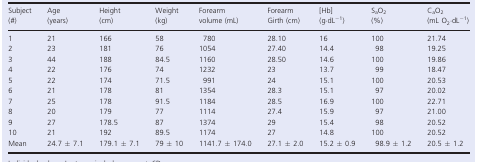
<table><thead><tr><td><b>Subject (#)</b></td><td><b>Age (years)</b></td><td><b>Height (cm)</b></td><td><b>Weight (kg)</b></td><td><b>Forearm volume (mL)</b></td><td><b>Forearm Girth (cm)</b></td><td><b>[Hb] (g·dL<sup>−1</sup>)</b></td><td><b>S<sub>a</sub>O<sub>2</sub> (%)</b></td><td><b>C<sub>a</sub>O<sub>2</sub> (mL O<sub>2</sub>·dL<sup>−1</sup>)</b></td></tr></thead><tbody><tr><td>1</td><td>21</td><td>166</td><td>58</td><td>780</td><td>28.10</td><td>16</td><td>100</td><td>21.74</td></tr><tr><td>2</td><td>23</td><td>181</td><td>76</td><td>1054</td><td>27.40</td><td>14.4</td><td>98</td><td>19.25</td></tr><tr><td>3</td><td>44</td><td>188</td><td>84.5</td><td>1160</td><td>28.50</td><td>14.6</td><td>100</td><td>19.86</td></tr><tr><td>4</td><td>22</td><td>176</td><td>74</td><td>1232</td><td>23</td><td>13.7</td><td>99</td><td>18.47</td></tr><tr><td>5</td><td>22</td><td>174</td><td>71.5</td><td>991</td><td>24</td><td>15.1</td><td>100</td><td>20.53</td></tr><tr><td>6</td><td>21</td><td>178</td><td>81</td><td>1354</td><td>28.3</td><td>15.1</td><td>97</td><td>20.02</td></tr><tr><td>7</td><td>25</td><td>178</td><td>91.5</td><td>1184</td><td>28.5</td><td>16.9</td><td>100</td><td>22.71</td></tr><tr><td>8</td><td>20</td><td>179</td><td>77</td><td>1114</td><td>27.4</td><td>15.9</td><td>97</td><td>21.00</td></tr><tr><td>9</td><td>27</td><td>178.5</td><td>87</td><td>1374</td><td>29</td><td>15.4</td><td>98</td><td>20.52</td></tr><tr><td>10</td><td>21</td><td>192</td><td>89.5</td><td>1174</td><td>27</td><td>14.8</td><td>100</td><td>20.52</td></tr><tr><td>Mean</td><td>24.7 ± 7.1</td><td>179.1 ± 7.1</td><td>79 ± 10</td><td>1141.7 ± 174.0</td><td>27.1 ± 2.0</td><td>15.2 ± 0.9</td><td>98.9 ± 1.2</td><td>20.5 ± 1.2</td></tr></tbody></table>